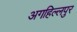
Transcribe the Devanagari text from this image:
अगहिल्लपुर